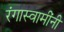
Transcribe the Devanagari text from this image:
रंगास्वामींनी